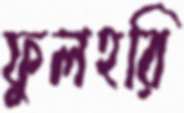
ফুলহরি